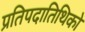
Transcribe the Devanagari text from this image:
प्रतिपदातिथिको